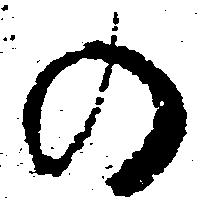
の